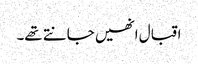
اقبال انھیں جانتے تھے۔